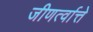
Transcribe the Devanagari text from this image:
जीणर्त्वात्ते